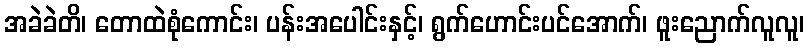
အခဲခဲတိ၊ တောထဲစုံကောင်း၊ ပန်းအပေါင်းနှင့်၊ ရွက်ဟောင်းပင်အောက်၊ ဖူးညောက်လူလူ၊